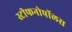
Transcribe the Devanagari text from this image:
स्टीफनोपॉलस